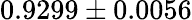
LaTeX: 0.9299\pm 0.0056